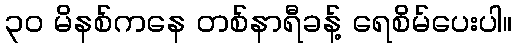
၃ဝ မိနစ်ကနေ တစ်နာရီခန့် ရေစိမ်ပေးပါ။